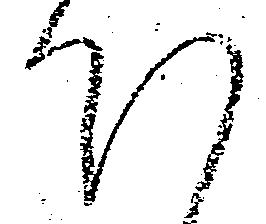
下